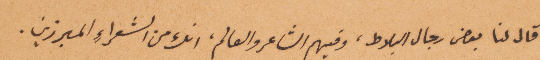
قال لنا بعض رجال البلاط، وفيهم الشاعر والعالم، انك من الشعراء المبرزين